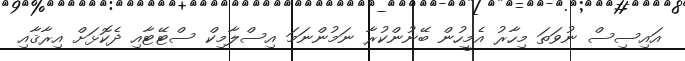
އައިސިސް ނުވަތަ މިހާރު އެމީހުން ބޭނުންކުރާ ނަމުންނަމަ އިސްލާމިކް ސްޓޭޓާއި ދެކޮޅަށް އިރާޤާއި